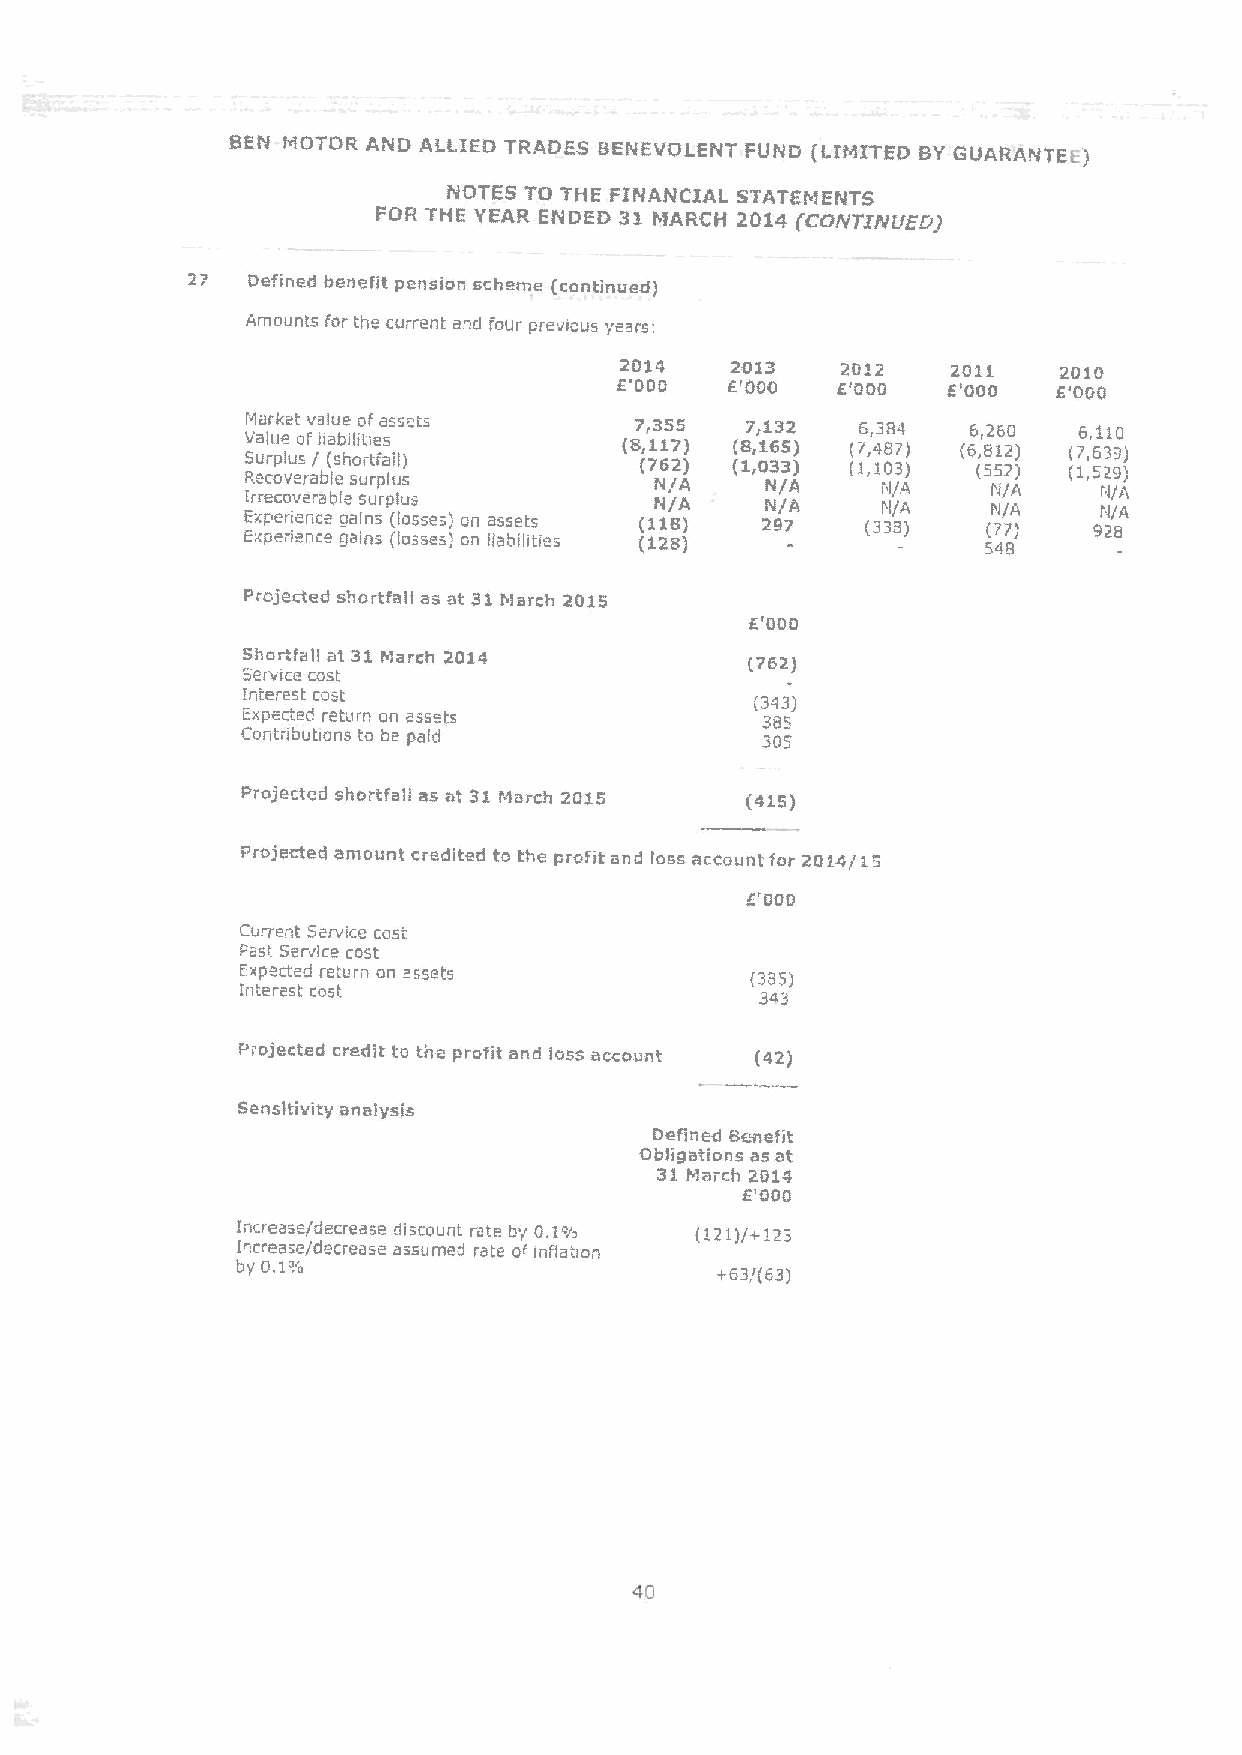
BEN MOTOR AND ALLIED TRADES BENEVOlENT FUND (LIMITED BYGUARANTEE'
 )
 NOTES TO THE FINANCIAL STATEMENTS
 FOR THE YEAR ENDED 31 htARCH 2014 I'CO/YTI/VI/EEt)
 27  Defined benefit pension scheme (continued)
 Amounts for the curren: and four previaus years:
 2014   2013    2D12   2011   2010
 1"000  E'000  E'ODO   E'000  E'000
 VM aa lr uk eet al'va Dlu ee bilio tif esassets (87 ,, 13 15 75
 )
 (87 ,, 11 63 S2
 )
 (76 ,, 43 88 74
 )
 (66 ,, 82 16 20
 )
 (76 ,, 61 31 90
 )
 Surplus / (shortfail)     (762) (1,033) (1,103)  (552) (1,529i
 Recoverable surplus
 I Er xre pc eo riv ee nr ca eble aals nu srpl (u las sses) cn assets (1N N 1/ /A A 8) 2N N 9/ /A A 7 (3S I 3II / 8/ AA ) (I I 7'' II // 7AO ) 9N N 2/ / 8A A
 Experi nce gains (lasses) cn liabibties (128)
 548
 projected shortfall as at 31I!arch 2015
 E'OOD
 Shortfall at 31March 2014         (762)
 Service cast
 Interest cost
 (343)
 Expected return on assets         385
 Ccntdbubcns to be paid            305
 Projected shortfall as at 31faarch 2015 {415)
 Projected amount credited to the prafit and loss account for 2014/15
 Current Service cost
 Past Sar~ice ccst
 Expected return cn assets         (385)
 Interest cost
 34.3
 Plojected credit to the profit and lass account (42)
 Sensitivity analysis
 Defined Benefit
 Obiipati one as at
 31March 2014
 E'000
 Increase/decrease discount rate by D.l'/a (121)/+123
 increase/decrease assumed rate ai infiaban
 by
 0.1%
 +63/(63)
 40